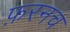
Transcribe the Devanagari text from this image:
फ़रनच